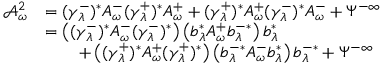
\begin{array} { r l } { \mathcal A _ { \omega } ^ { 2 } } & { = ( \gamma _ { \lambda } ^ { - } ) ^ { * } A _ { \omega } ^ { - } ( \gamma _ { \lambda } ^ { + } ) ^ { * } A _ { \omega } ^ { + } + ( \gamma _ { \lambda } ^ { + } ) ^ { * } A _ { \omega } ^ { + } ( \gamma _ { \lambda } ^ { - } ) ^ { * } A _ { \omega } ^ { - } + \Psi ^ { - \infty } } \\ & { = \left( ( \gamma _ { \lambda } ^ { - } ) ^ { * } A _ { \omega } ^ { - } ( \gamma _ { \lambda } ^ { - } ) ^ { * } \right) \left( b _ { \lambda } ^ { * } A _ { \omega } ^ { + } b _ { \lambda } ^ { - * } \right) b _ { \lambda } ^ { * } } \\ & { \qquad + \left( ( \gamma _ { \lambda } ^ { + } ) ^ { * } A _ { \omega } ^ { + } ( \gamma _ { \lambda } ^ { + } ) ^ { * } \right) \left( b _ { \lambda } ^ { - * } A _ { \omega } ^ { - } b _ { \lambda } ^ { * } \right) b _ { \lambda } ^ { - * } + \Psi ^ { - \infty } } \end{array}